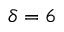
\delta = 6